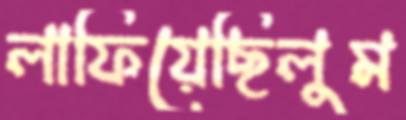
লাফিয়েছিলুম